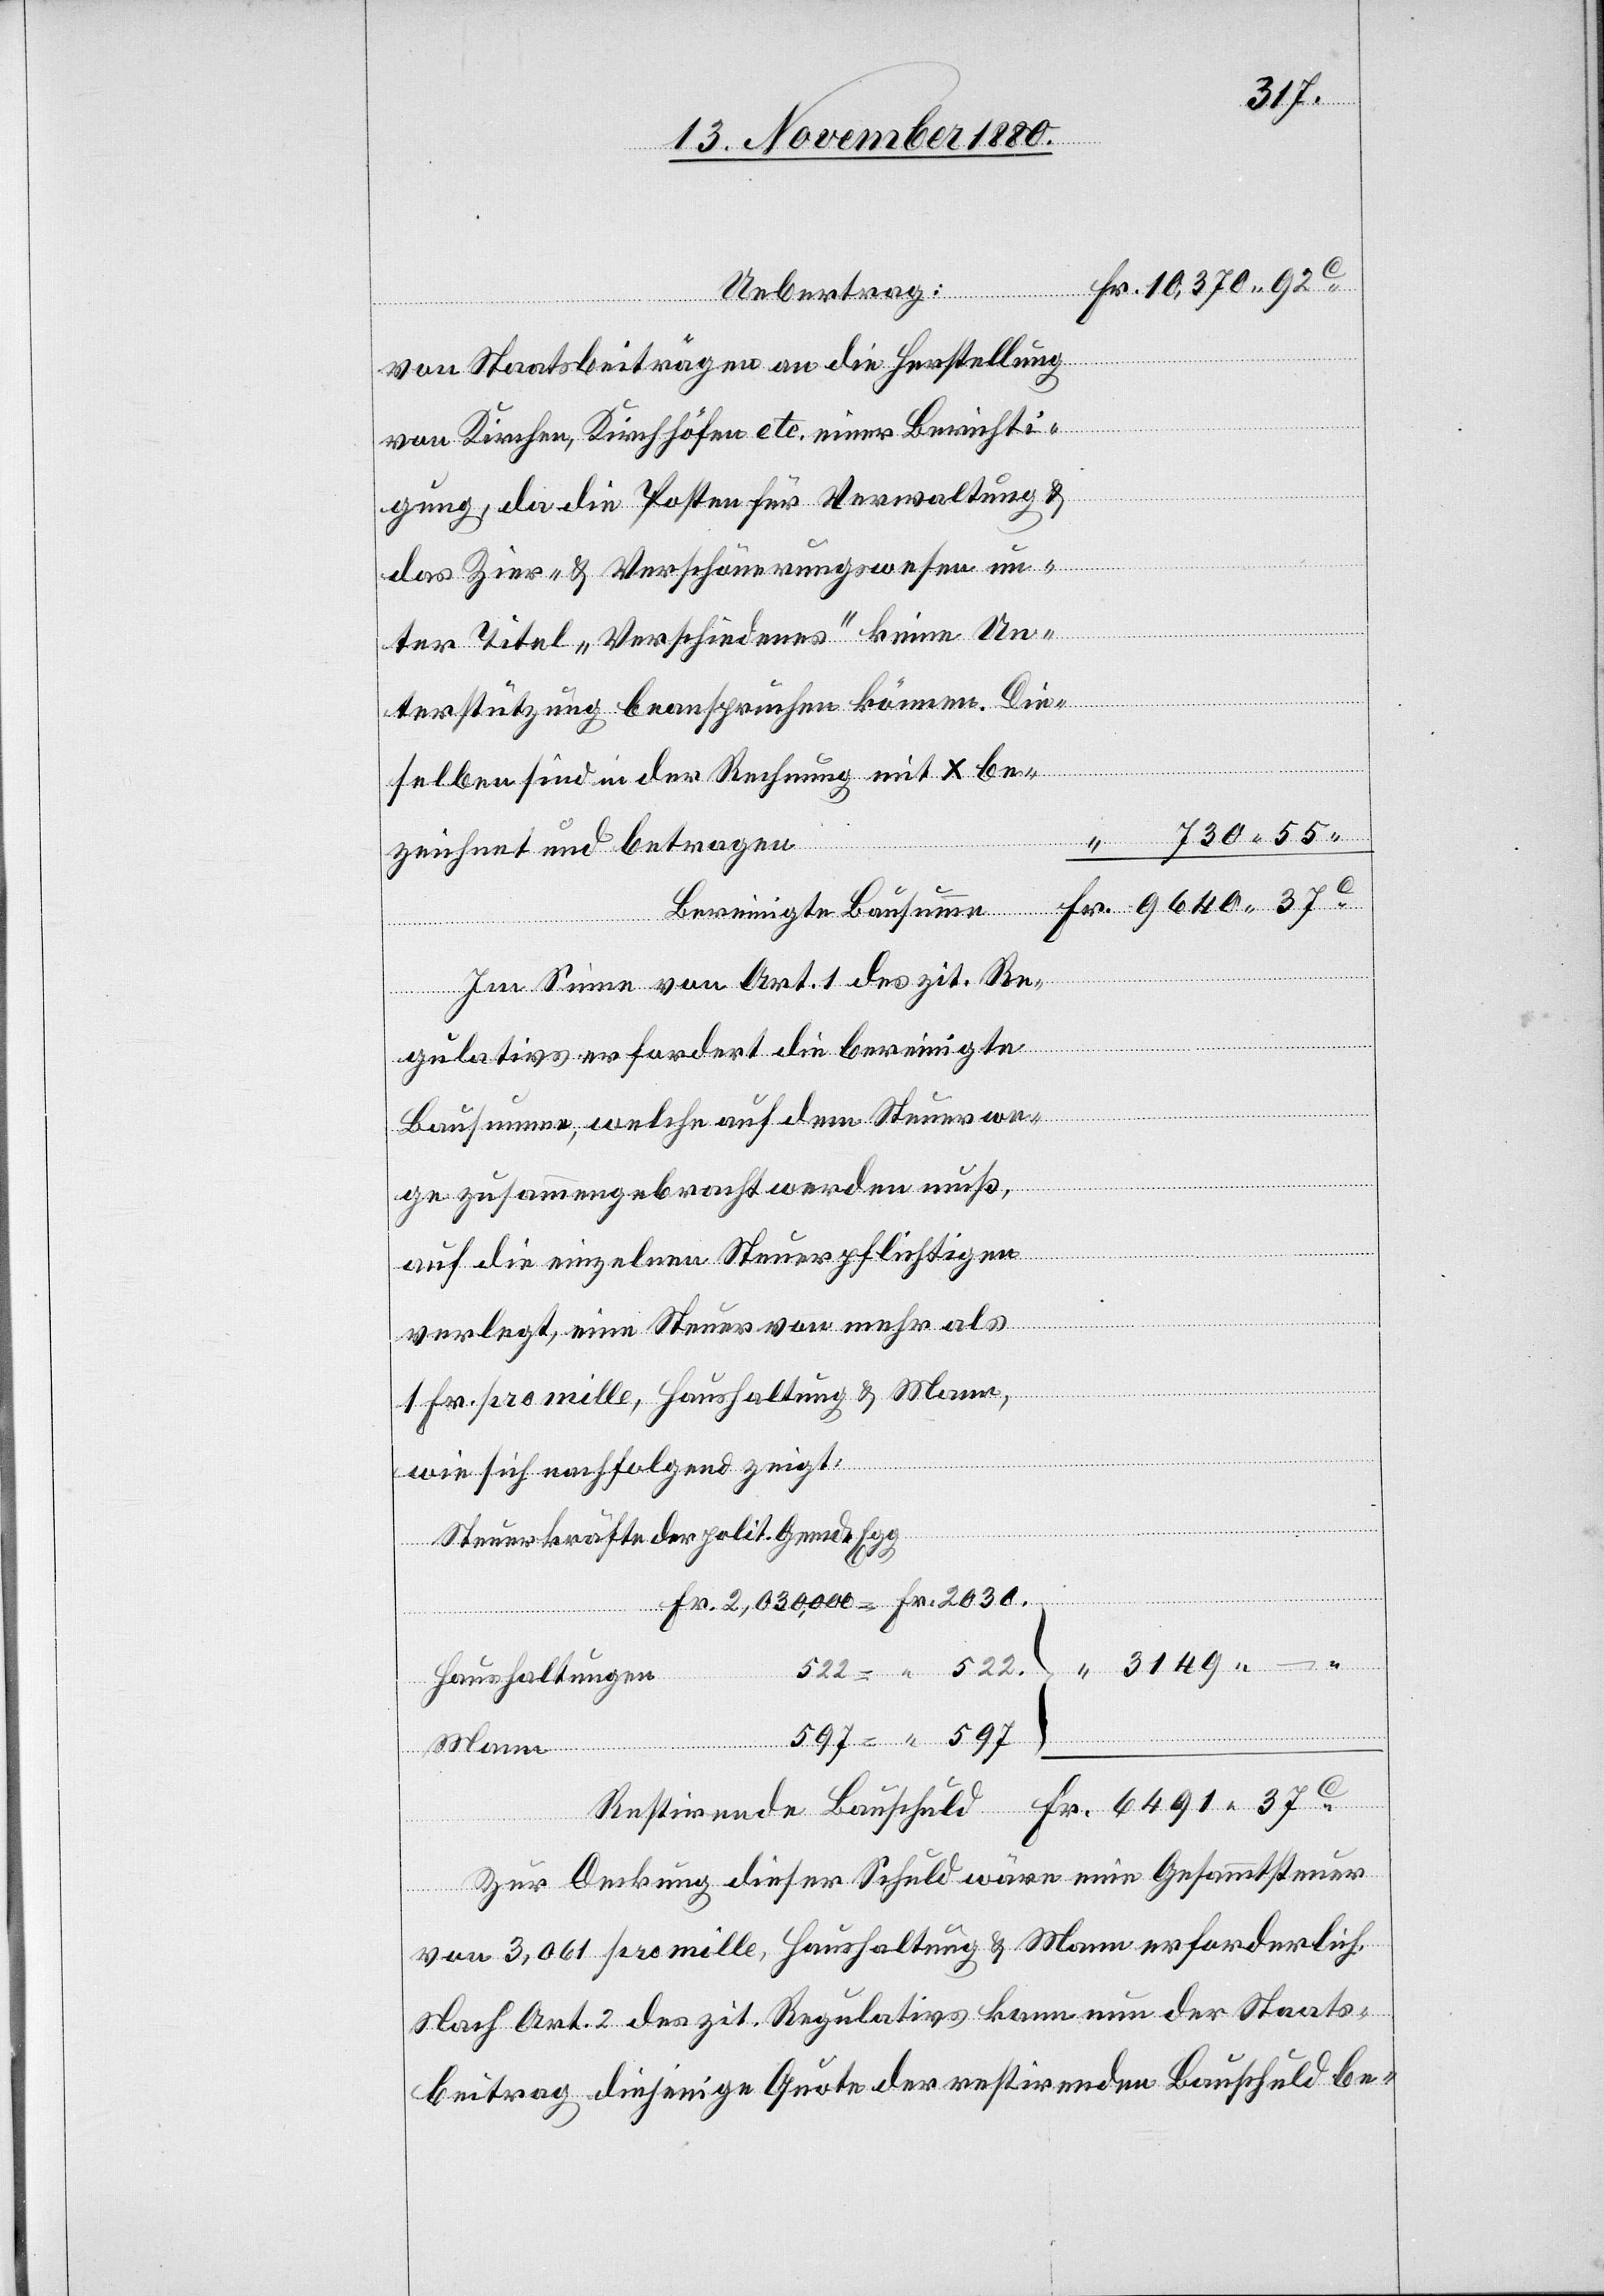
37c
Uebertrag:
können.
von Staatsbeiträgen an die Herstellung
tirende B¬
von Kirchen, Kirchhöfen etc. einer Berichti¬
gung, da die Posten für Verwaltung &
das Zier- & Verschönerungswesen un¬
522
ter Titel „Verschiedenes“ keine Un¬
auschuld
selben sind in der Rechnung mit x be¬
730 55
zeichnet und betragen
Im Sinne von Art. 1 des zit. Re¬
summe
gulativs erfordert die bereinigte
Fr.
Bausumme, welche auf dem Steuerwe¬
ge zusammengebracht werden muß,
auf die einzelnen Steuerpflichtigen
verlegt, eine Steuer von mehr als
1 Fr. pro mille, Haushaltung & Mann,
Die¬
wie sich nachfolgend zeigt:
Steuerkräfte der polit. Gemde Egg
–
Haushaltungen
Mann
Zur Deckung dieser Schuld wäre eine Gesammtsteuer
von 3,061 pro mille, Haushaltung & Mann erforderlich.
Nach Art.2 des zit. Regulativs kann nun der Staats¬
beitrag diejenige Quote der restirenden Bauschuld be-